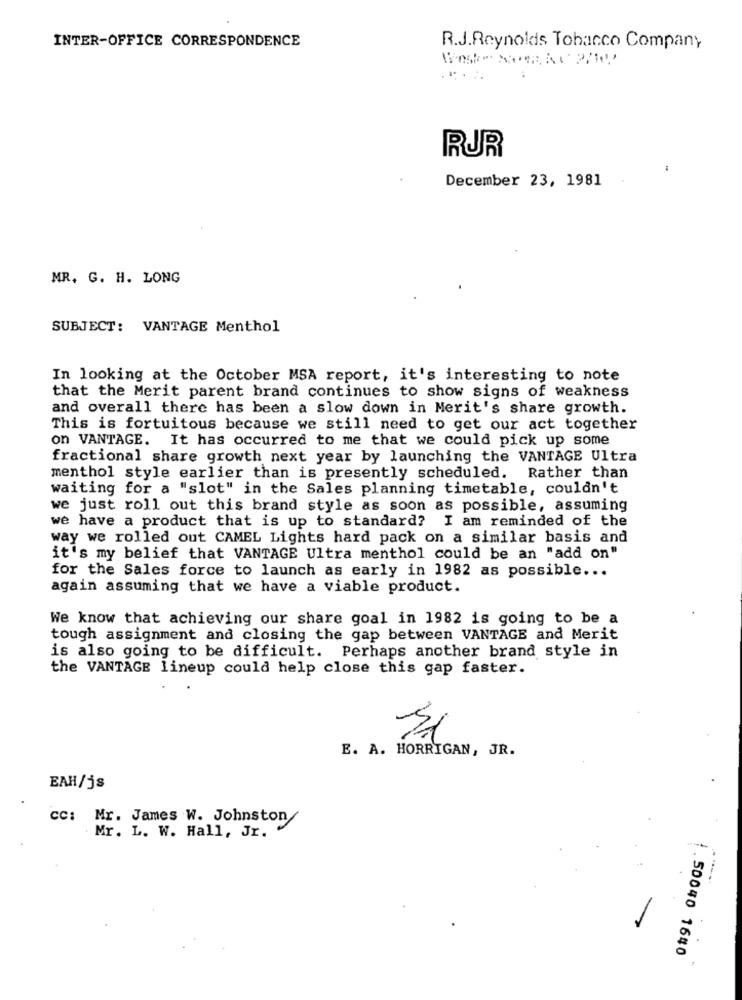
INTER-OFFICE CORRESPONDENCE
R.J.Reynolds Tobacco Company
RUR
December 23, 1981
MR. G. H. LONG
SUBJECT: VANTAGE Menthol
In looking at the October MSA report, it's interesting to note
that the Merit parent brand continues to show signs of weakness
and overall there has been a slow down in Merit's share growth.
This is fortuitous because we still need to get our act together
on VANTAGE. It has occurred to me that we could pick up some
fractional share growth next year by launching the VANTAGE Ultra
menthol style earlier than is presently scheduled. Rather than
waiting for a "slot" in the Sales planning timetable, couldn't
we just roll out this brand style as soon as possible, assuming
we have a product that is up to standard? I am reminded of the
way we rolled out CAMEL Lights hard pack on a similar basis and
it's my belief that VANTAGE Ultra menthol could be an "add on"
for the Sales force to launch as early in 1982 as possible ...
again assuming that we have a viable product.
We know that achieving our share goal in 1982 is going to be a
tough assignment and closing the gap between VANTAGE and Merit
is also going to be difficult. Perhaps another brand style in
the VANTAGE lineup could help close this gap faster.
E. A. HORRIGAN, JR.
EAH/js
cc: Mr. James W. Johnston
Mr. L. W. Hall, Jr.
.50040 1640